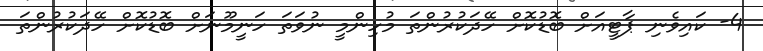
4- ކައިވެނި ޕާޓީއަށް ބޮޑުކޮށް ހޭދަކުރުންތަ މުހިންމީ ނުވަތަ ހަނީމޫނަށް ބޮޑުކޮށް ހޭދަކުރުންތަ